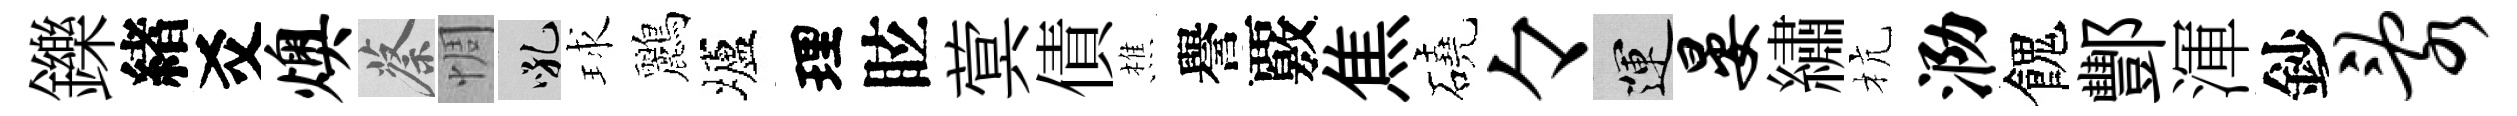
鑠緖爻燠蔡惆吼球鸝壚理眩蓂債樵譽覈焦磽々運晏繡杭泐餽酆渾鈔乱